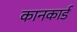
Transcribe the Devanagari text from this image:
कानकार्ड